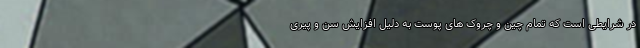
در شرایطی است که تمام چین و چروک های پوست به دلیل افزایش سن و پیری